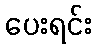
ပေးရင်း